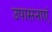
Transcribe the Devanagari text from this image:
उपासनाएं